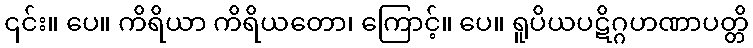
၎င်း။ ပေ။ ကိရိယာ ကိရိယတော၊ ကြောင့်။ ပေ။ ရူပိယပဋိဂ္ဂဟဏာပတ္တိ